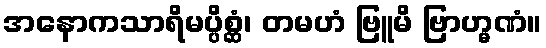
အနောကသာရိမပ္ပိစ္ဆံ၊ တမဟံ ဗြူမိ ဗြာဟ္မဏံ။